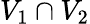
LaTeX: V_{1}\cap V_{2}